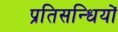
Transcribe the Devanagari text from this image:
प्रतिसन्धियों